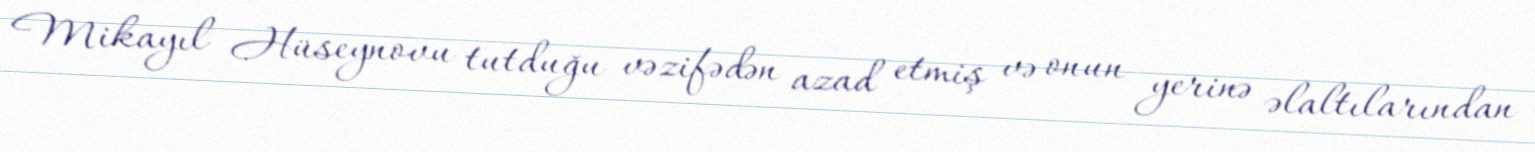
Mikayıl Hüseynovu tutduğu vəzifədən azad etmiş və onun yerinə əlaltılarından